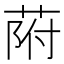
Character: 𦱖